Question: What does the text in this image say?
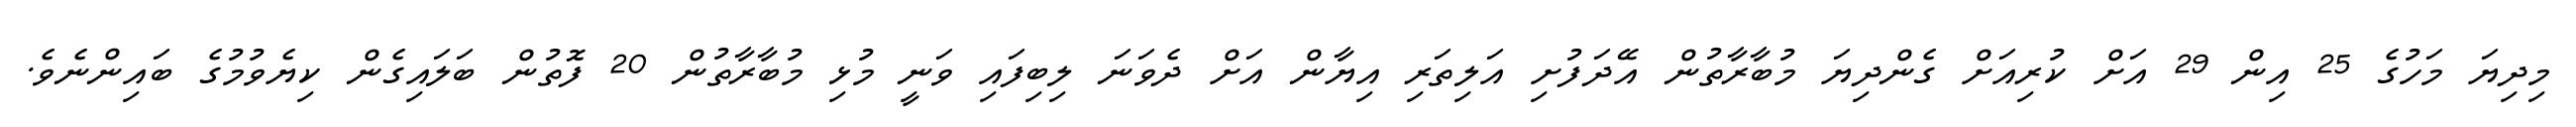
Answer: މިދިޔަ މަހުގެ 25 އިން 29 އަށް ކުރިއަށް ގެންދިޔަ މުބާރާތުން އޭދަފުށި އަލިތަރި އިޔާން އަށް ދެވަނަ ލިބިފައި ވަނީ މުޅި މުބާރާތުން 20 ފޮތުން ބަލައިގެން ކިޔެވުމުގެ ބައިންނެވެ.